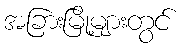
အခြားမြို့များတွင်